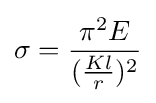
\sigma ={\frac {\pi ^{2}E}{({\frac {Kl}{r}})^{2}}}